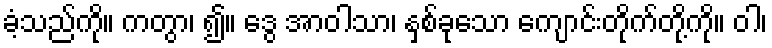
ခံ့သည်ကို။ ကတွာ၊ ၍။ ဒွေ အာဝါသာ၊ နှစ်ခုသော ကျောင်းတိုက်တို့ကို။ ဝါ၊